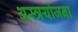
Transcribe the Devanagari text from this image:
अस्त्रयोजना